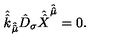
\hat { \hat { k } } _ { \hat { \hat { \mu } } } \hat { D } _ { \sigma } \hat { \hat { X } } ^ { \hat { \hat { \mu } } } = 0 .